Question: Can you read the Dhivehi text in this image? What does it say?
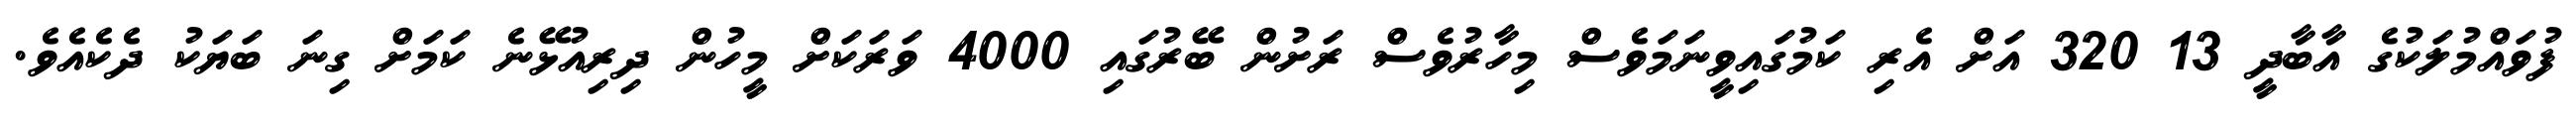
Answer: ފުވައްމުލަކުގެ އާބާދީ 13 320 އަށް އެރި ކަމުގައިވީނަމަވެސް މިހާރުވެސް ރަށުން ބޭރުގައި 4000 ވަރަކަށް މީހުން ދިރިއުޅޭނެ ކަމަށް ގިނަ ބަޔަކު ދެކެއެވެ.